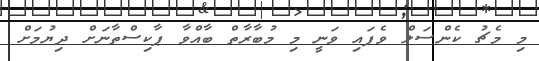
މި މެޗު ކެންސަލް ވެފައި ވަނީ މި މުބާރާތް ބާއްވާ ޕާކިސްތާނަށް ދިޔުމަށް